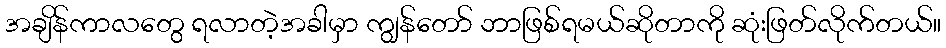
အချိန်ကာလတွေ ရလာတဲ့အခါမှာ ကျွန်တော် ဘာဖြစ်ရမယ်ဆိုတာကို ဆုံးဖြတ်လိုက်တယ်။